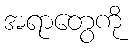
အရာတွေကို